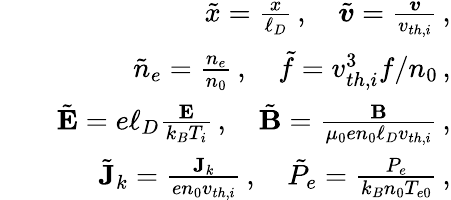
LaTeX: \begin{array}{rlr}&{}&{\tilde{x}=\frac{x}{\ell_{D}}\, ,\quad\tilde{\boldsymbol{v}}=\frac{\boldsymbol{v}}{v_{th,i}}\, ,}\\ &{}&{\tilde{n}_{e}=\frac{n_{e}}{n_{0}}\, ,\quad\tilde{f}=v_{th,i}^{3}f/n_{0}\, ,}\\ &{}&{\tilde{\textbf{E}}=e\ell_{D}\frac{\textbf{E}}{k_{B}T_{i}}\, ,\quad\tilde{\textbf{B}}=\frac{\textbf{B}}{\mu_{0}en_{0}\ell_{D}v_{th,i}}\, ,}\\ &{}&{\tilde{\textbf{J}}_{k}=\frac{\textbf{J}_{k}}{en_{0}v_{th,i}}\, ,\quad\tilde{P}_{e}=\frac{P_{e}}{k_{B}n_{0}T_{e0}}\, ,}\end{array}